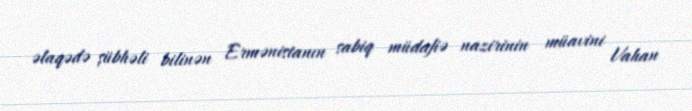
əlaqədə şübhəli bilinən Ermənistanın sabiq müdafiə nazirinin müavini Vahan